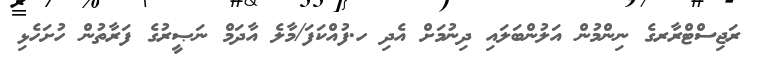
ރަޖިސްޓްރާރގެ ނިންމުން އަލުންބަލައި ދިނުމަށް އެދި ހ.ފުއްކަފަ/މާލެ އާދަމް ނަޞީރުގެ ފަރާތުން ހުށަހެޅި